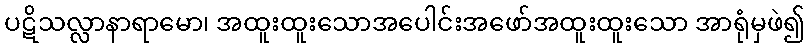
ပဋိသလ္လာနာရာမော၊ အထူးထူးသောအပေါင်းအဖော်အထူးထူးသော အာရုံမှဖဲ၍